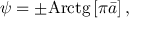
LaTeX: \psi = \pm \mathrm { A r c t g } \, [ \pi \bar { a } ] \, ,